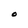
Character: O